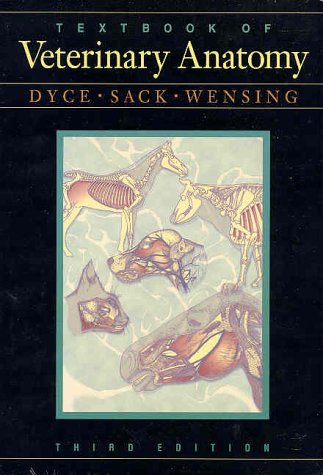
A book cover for Textbook of Veterinary Anatomy 3rd edition; Keith M. Dyce DVM & S  BSc  MRCVS; Medical Books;